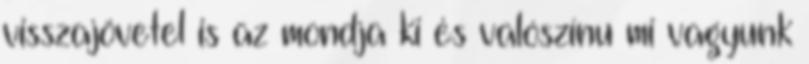
visszajövetel is az mondja ki és valószínu mi vagyunk